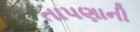
તાપણાની